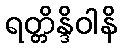
ရတ္တိန္ဒိဝါနိ